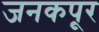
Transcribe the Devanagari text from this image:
जनकपूर